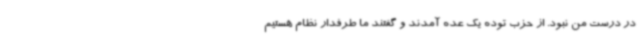
در درست من نبود. از حزب توده یک عده آمدند و گفتند ما طرفدار نظام هستیم